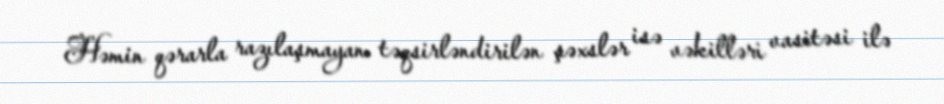
Həmin qərarla razılaşmayan təqsirləndirilən şəxslər isə vəkilləri vasitəsi ilə